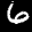
Label: 6